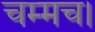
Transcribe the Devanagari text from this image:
चम्मच।